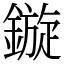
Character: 鏇